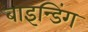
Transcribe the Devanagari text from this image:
बाइन्डिंग